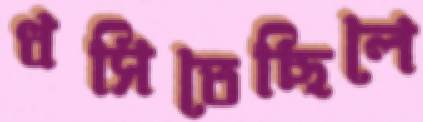
ধসিতেছিলে